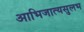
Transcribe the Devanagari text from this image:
आभिजात्यसुलभ